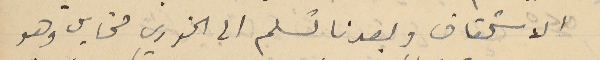
الاستحقاق وبعدنا تسلم الى الخوري مخايل وهو